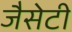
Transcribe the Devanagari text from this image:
जैसेटी